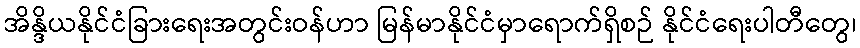
အိန္ဒိယနိုင်ငံခြားရေးအတွင်းဝန်ဟာ မြန်မာနိုင်ငံမှာရောက်ရှိစဉ် နိုင်ငံရေးပါတီတွေ၊